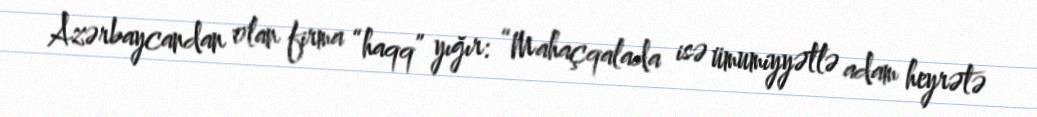
Azərbaycandan olan firma “haqq” yığır: “Mahaçqalada isə ümumiyyətlə adam heyrətə